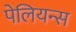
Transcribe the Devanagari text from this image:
पेलियन्स